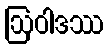
ဩဝါဒဿ